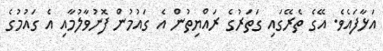
އަޅާފައެވެ. އޭގެ ތެރޭގައި ގަތަރުގެ ރައްޔިތުން އެ ގައުމުން ފޮނުވާލުމާއި އެ ގައުމުގެ